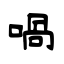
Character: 喎